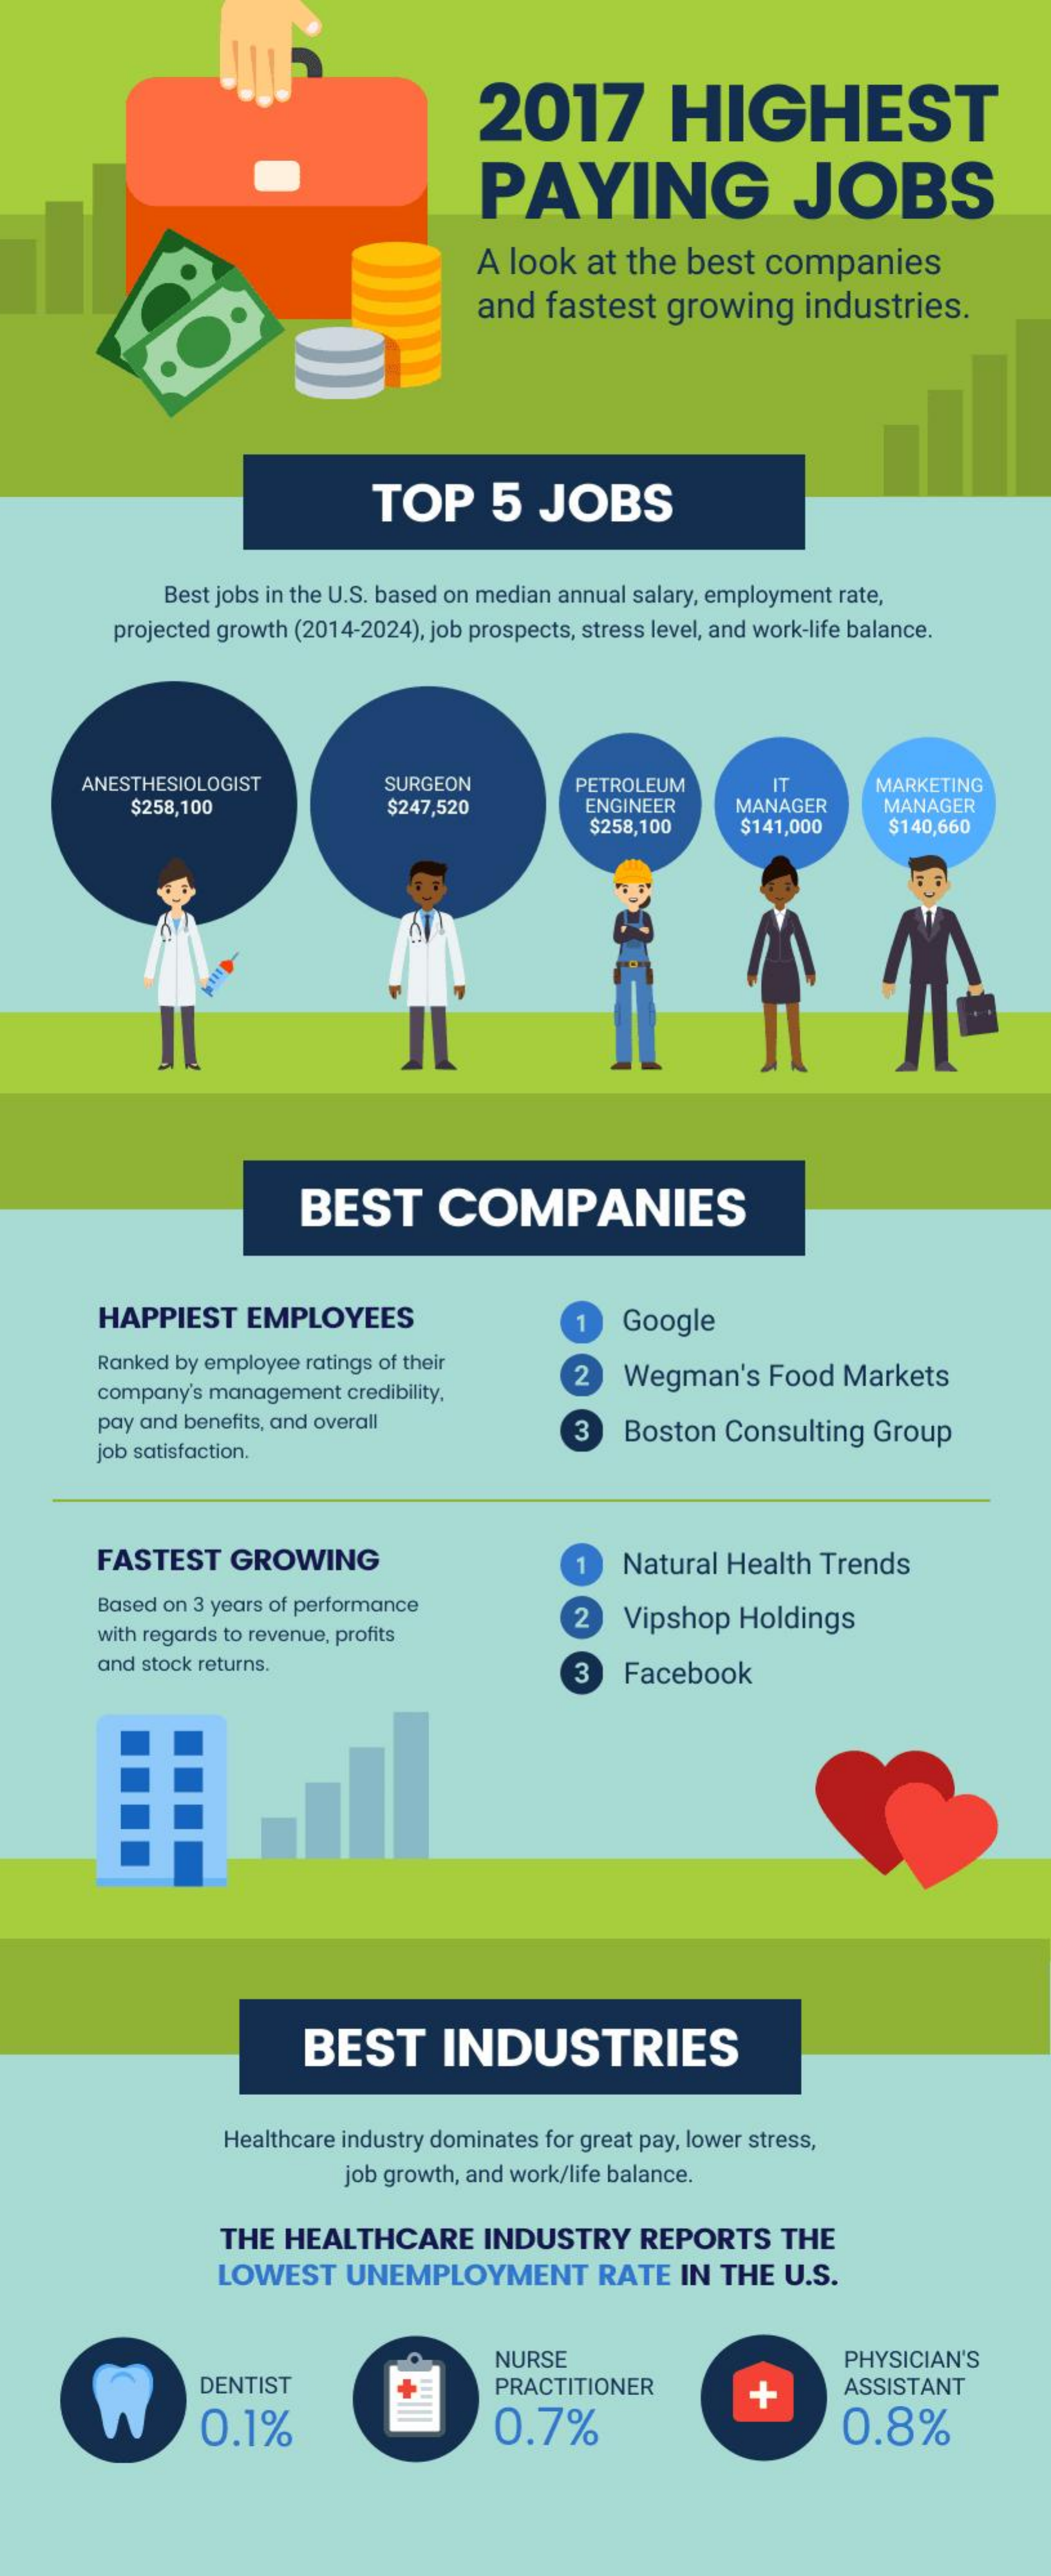
2017    HIGHEST
     PAYING    JOBS
     A look   at  the  best   companies
     and   fastest   growing    industries.
     TOP    5   JOBS
     Best jobs in the U.S. based on median annual salary, employment rate,
     projected growth (2014-2024), job prospects, stress level, and work-life balance.
     ANESTHESIOLOGIST    SURGEON
     $258,100    $247,520
     PETROLEUM
     ENGINEER
     IT
     MANAGER
     MARKETING
     MANAGER
     $258,100    $141,000    $140,660
     BEST    COMPANIES
     HAPPIEST    EMPLOYEES    1   Google
     Ranked by employee ratings of their
     company's management  credibility.
     2  Wegman's    Food   Markets
     pay and benefits, and overall
     job satisfaction.
     3   Boston   Consulting   Group
     FASTEST    GROWING    1   Natural  Health  Trends
     Based on 3 years of performance
     with regards to revenue, profits
     2    Vipshop   Holdings
     and stock returns.    3   Facebook
     BEST    INDUSTRIES
     Healthcare industry dominates for great pay, lower stress,
     job growth, and work/life balance.
     THE  HEALTHCARE    INDUSTRY    REPORTS    THE
     LOWEST    UNEMPLOYMENT    RATE    IN THE   U.S.
     NURSE    PHYSICIAN'S
     DENTIST    PRACTITIONER    ASSISTANT
     0.1%    0.7%
     +
     0.8%